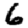
Digit: 6